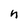
Character: n